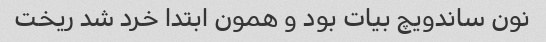
نون ساندویچ بیات بود و همون ابتدا خرد شد ریخت